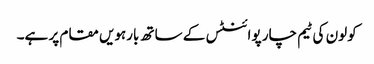
کولون کی ٹیم چار پوائنٹس کے ساتھ بارہویں مقام پر ہے۔